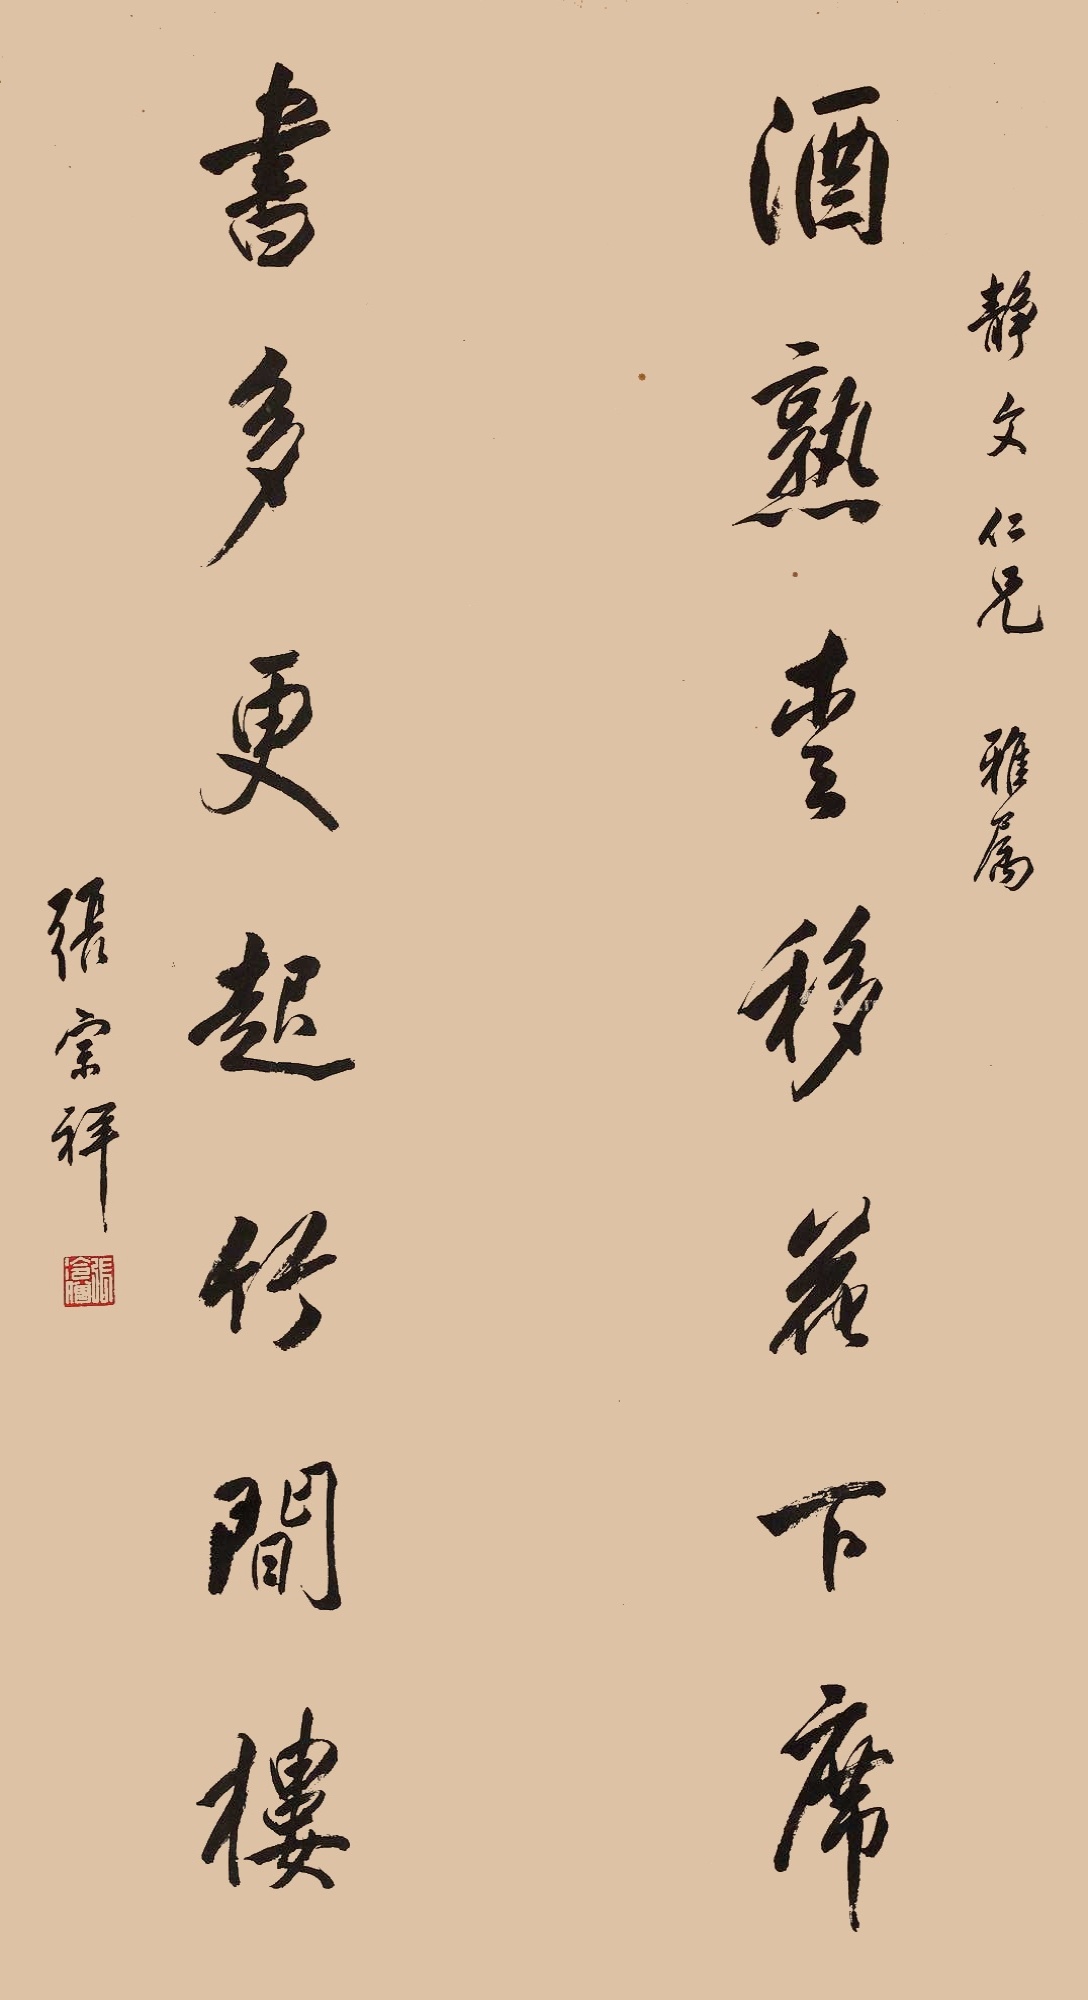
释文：酒熟枣移花下席，书多更起竹间楼。静文仁兄雅属，张宗祥。